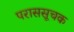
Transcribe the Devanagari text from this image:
पराससूचक